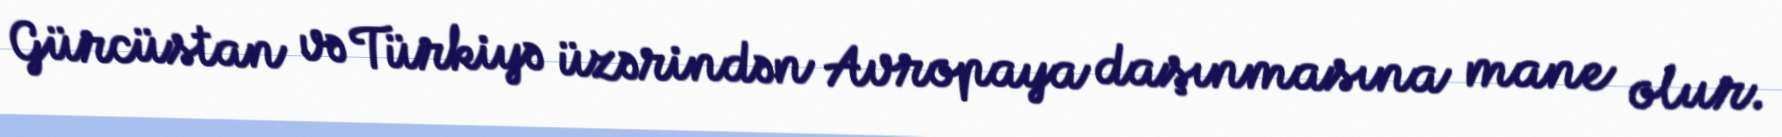
Gürcüstan və Türkiyə üzərindən Avropaya daşınmasına mane olur.